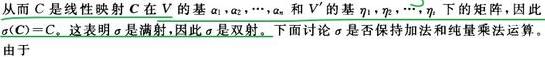
从而 \(C\) 是线性映射 \(C\) 在 \(V\) 的基 \(\alpha_1,\alpha_2,\cdots,\alpha_n\) 和 \(V'\) 的基 \(\eta_1,\eta_2,\cdots,\eta_n\) 下的矩阵，因此 \(\sigma(C)=C\)。这表明 \(\sigma\) 是满射，因此 \(\sigma\) 是双射。下面讨论 \(\sigma\) 是否保持加法和纯量乘法运算。